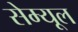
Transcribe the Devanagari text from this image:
सेम्यूल